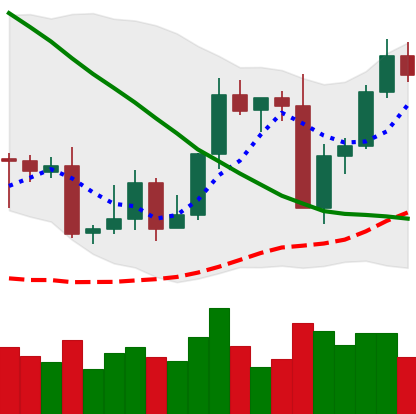
Ticker: LTC-USD
Chart end date: 2022-09-11
Forward return: -10.281%
Label: down_7plus